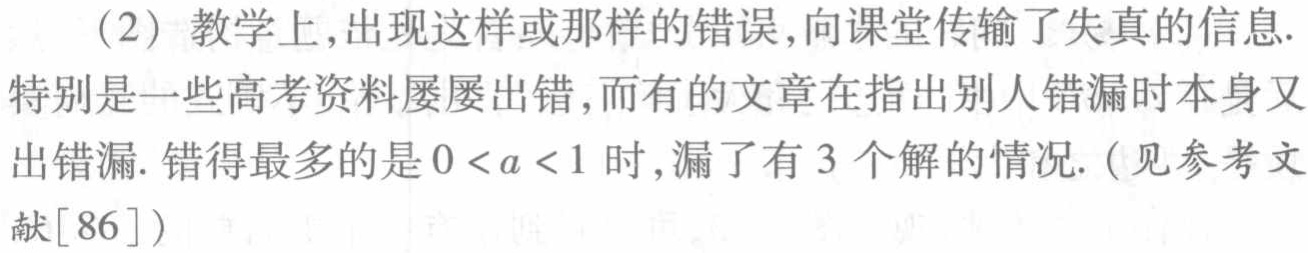
（2）教学上,出现这样或那样的错误,向课堂传输了失真的信息.特别是一些高考资料屡屡出错,而有的文章在指出别人错漏时本身又出错漏. 错得最多的是 \(0 < a < 1\) 时,漏了有 3 个解的情况.（见参考文献[86]）